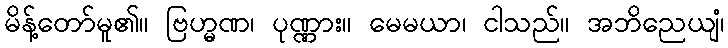
မိန့်တော်မူ၏။ ဗြဟ္မဏ၊ ပုဏ္ဏား။ မေမယာ၊ ငါသည်။ အဘိညေယျံ၊